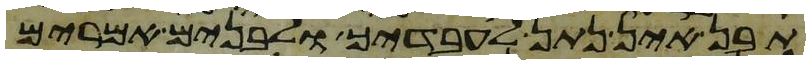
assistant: תבן אין נתן לעבדיך ולבנים אמרים